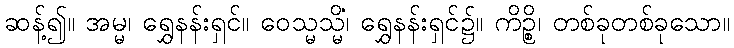
ဆန့်၍။ အမ္မ၊ ရွှေနန်းရှင်။ ဝေသ္မသ္မိံ၊ ရွှေနန်းရှင်၌။ ကိဉ္စိ၊ တစ်ခုတစ်ခုသော။